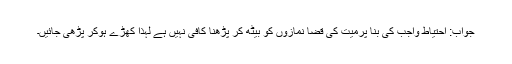
جواب: احتیاط واجب کی بنا پرمیت کی قضا نمازوں کو بیٹھ کر پڑھنا کافی نہیں ہے لہذا کھڑے ہوکر پڑھی جائیں۔